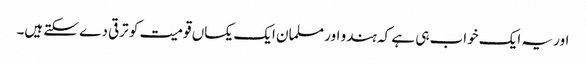
اور یہ ایک خواب ہی ہے کہ ہندو اور مسلمان ایک یکساں قومیت کو ترقی دے سکتے ہیں۔